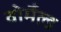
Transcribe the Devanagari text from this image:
वोर्मैल्ड